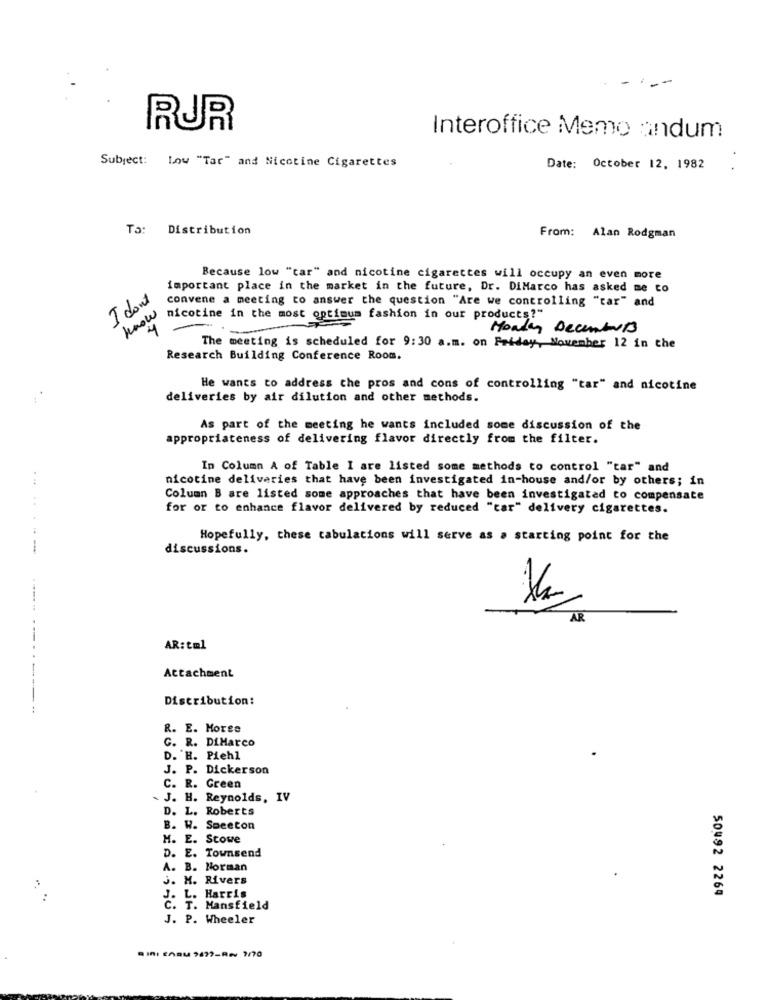
RUR
Interoffice Memo andum
Subject: Low "Tar" and Nicotine Cigarettes
Date: October 12, 1982
To: Distribution
From: Alan Rodgman
Because low "tar" and nicotine cigarettes will occupy an even more
important place in the market in the future, Dr. DiMarco has asked me to
I don't
convene a meeting to answer the question "Are we controlling "tar" and
know
nicotine in the most optimum fashion in our products?"
4
Monday Decembers
The meeting is scheduled for 9:30 a.m. on Friday, November 12 in the
Research Building Conference Room.
He wants to address che pros and cons of controlling "tar" and nicotine
deliveries by air dilution and other methods.
As part of the meeting he wants included some discussion of the
appropriateness of delivering flavor directly from the filter.
In Column A of Table I are listed some methods to control "tar" and
nicotine deliveries that have been investigated in-house and/or by others; in
... .
Column B are listed some approaches that have been investigated to compensate
for or to enhance flavor delivered by reduced "car" delivery cigarettes.
Hopefully, these tabulations will serve as . starting point for the
---
discussions.
AR
AR: tml
Attachment
--------
Distribution:
- ..
R. E. Moree
C. R. DiMarco
D. H. Piehl
J. P. Dickerson
C. R. Green
J. H. Reynolds, IV
D. L. Roberts
B. W. Saceton
H. E. Stowe
D. E. Townsend
A. B. Norman
J. H. Rivers
50492 2264
J. L. Harris
C. T. Mansfield
J. P. Wheeler